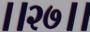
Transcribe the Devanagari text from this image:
।।२७।।